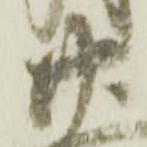
廿